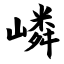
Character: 嶙